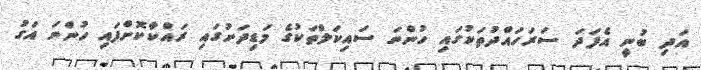
އަދި ބުނީ އެފަދަ ސަރަހައްދުތަކުގައި ހުންނަ ސައިކަލްތަކުގެ މަޑިދަށުގައި ރައްކާކޮށްފައި ހުންނަ އަގު